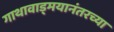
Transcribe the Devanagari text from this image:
गाथावाड्मयानंतरच्या